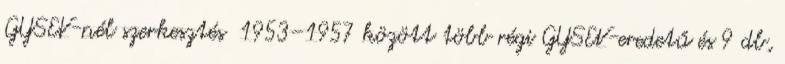
GYSEV-nél szerkesztés 1953–1957 között több régi GYSEV-eredetű és 9 db,